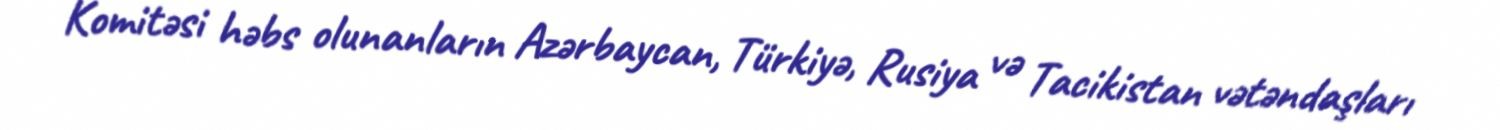
Komitəsi həbs olunanların Azərbaycan, Türkiyə, Rusiya və Tacikistan vətəndaşları